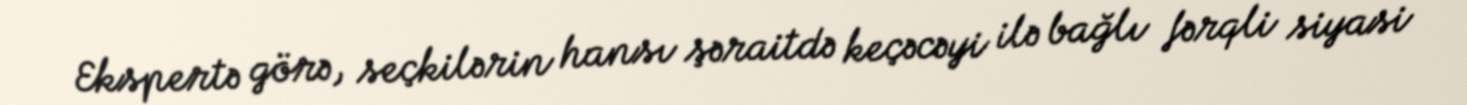
Ekspertə görə, seçkilərin hansı şəraitdə keçəcəyi ilə bağlı fərqli siyasi